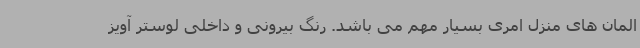
المان های منزل امری بسیار مهم می باشد. رنگ بیرونی و داخلی لوستر آویز